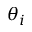
\theta _ { i }